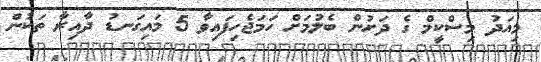
މިއަދު މިސްކީމް ގެ ދަށުން ބެލުމަށް ހަމަޖެހިފައިވާ 5 މައިގަނޑު ދާއިރާ ތަކުން